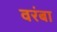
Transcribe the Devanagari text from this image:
वरंबा